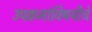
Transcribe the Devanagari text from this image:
उपक्रमांविषयीचे